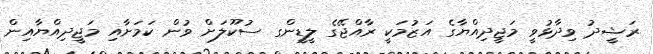
ރަޝީދު ވިދާޅުވީ މަޖީދިއްޔާގެ އަޒުމަކީ ރާއްޖޭގެ ލީޑީންގ ސުކޫލަށް ވުން ކަމަށާއި މަޖީދިއްޔާއިން